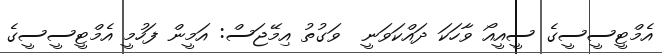
އެމްޓީސީސީގެ ސީއީއޯ ވާހަކަ ދައްކަވަނީ  ވަގުތު އިމޭޖަސް: އަމީން ފަހުމީ އެމްޓީސީސީގެ